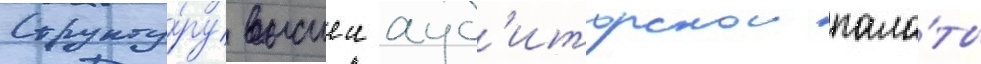
Структу́ру высшеи ауд'иторскои пала́ты